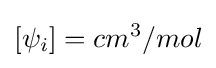
\left[\psi _{i}\right]=cm^{3}/mol